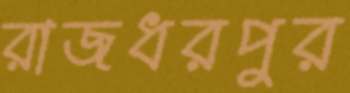
রাজধরপুর